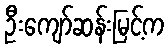
ဦးကျော်ဆန်းမြင့်က